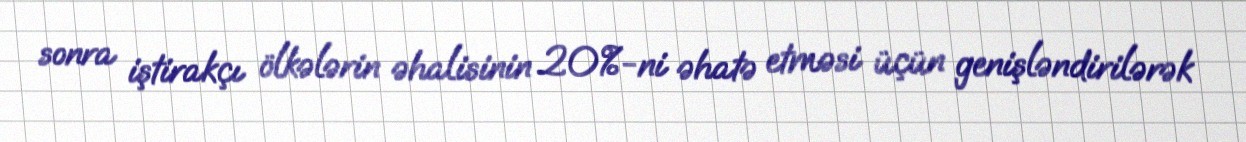
sonra iştirakçı ölkələrin əhalisinin 20%-ni əhatə etməsi üçün genişləndirilərək